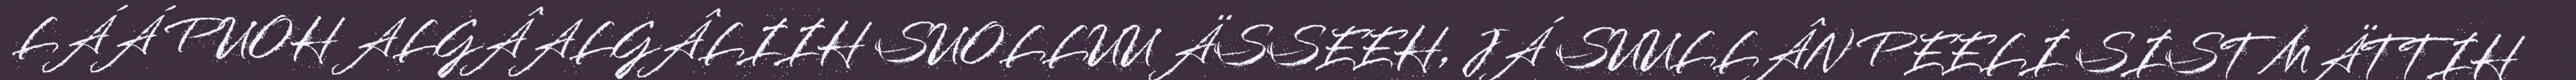
LÁÁ PUOH ALGÂALGÂLIIH SUOLLUU ÄSSEEH, JÁ SUULLÂN PEELI SIST MÄTTIH